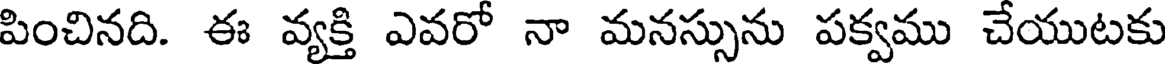
పించినది. ఈ వ్యక్తి ఎవరో నా మనస్సును పక్వము చేయుటకు